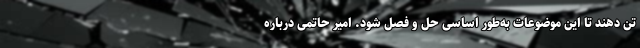
تن دهند تا این موضوعات به‌طور اساسی حل و فصل شود. امیر حاتمی درباره